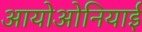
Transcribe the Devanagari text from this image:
आयोओनियाई